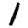
Digit: 1